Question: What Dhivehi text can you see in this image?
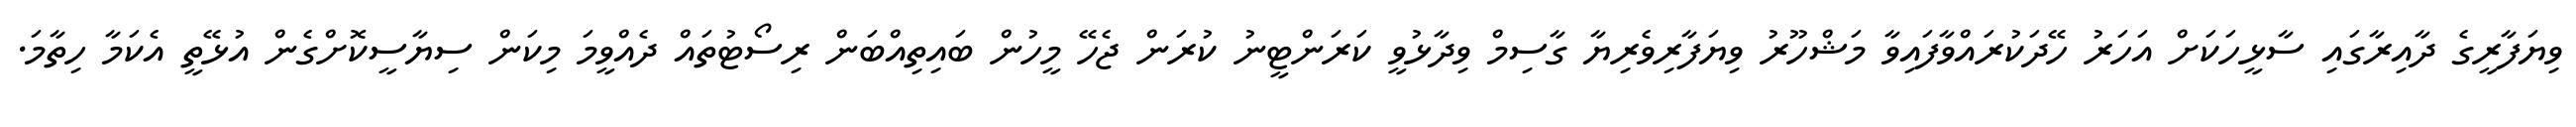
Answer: ވިޔަފާރީގެ ދާއިރާގައި ސާޅީހަކަށް އަހަރު ހޭދަކުރައްވާފައިވާ މަޝްހޫރު ވިޔަފާރިވެރިޔާ ގާސިމް ވިދާޅުވީ ކަރަންޓީނު ކުރަން ޖެހޭ މީހުން ބައިތިއްބަން ރިސޯޓުތައް ދެއްވީމަ މިކަން ސިޔާސީކޮށްގެން އުޅޭތީ އެކަމާ ހިތާމަ.